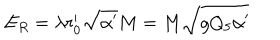
E _ { R } = \lambda r _ { 0 } ^ { \prime } \sqrt { \alpha ^ { \prime } } M = M \sqrt { g Q _ { 5 } \alpha ^ { \prime } }